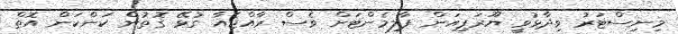
މިނިސްޓަރު ވިދާޅުވީ ޔޫރަޕިއަން ޕާލިމެންޓަށް ވެސް ރާއްޖެއާ ގުޅޭ ގޮތުން ކަންކަން އޮތް